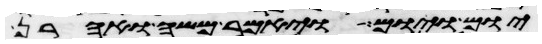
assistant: יום ויום ויאמר משה ואהרן